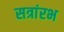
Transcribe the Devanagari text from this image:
सत्रांरभ